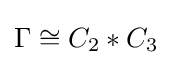
\Gamma \cong C_{2}*C_{3}